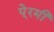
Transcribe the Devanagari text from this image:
पे्रमी